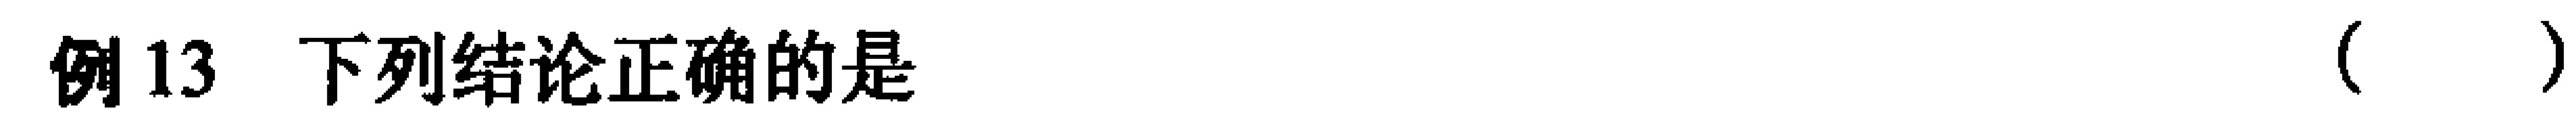
例13 下列结论正确的是（  ）